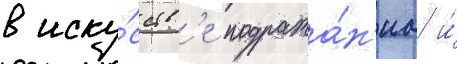
в иску́сств'е подража́н'иа и́